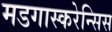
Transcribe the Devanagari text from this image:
मडगास्करेन्सिस